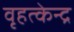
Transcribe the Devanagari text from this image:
वृहत्केन्द्र